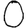
Digit: 0